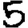
Digit: 5